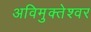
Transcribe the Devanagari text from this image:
अविमुक्तेश्वर